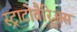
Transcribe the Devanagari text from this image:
स्ट्राटोवैरिअस